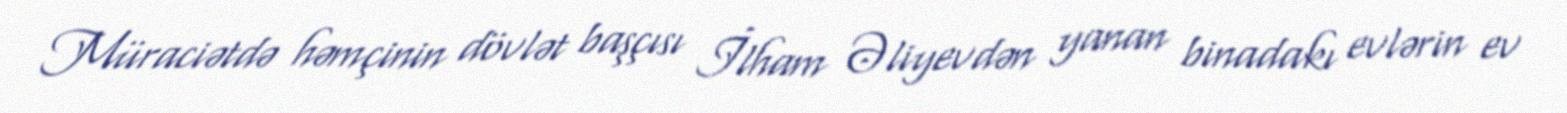
Müraciətdə həmçinin dövlət başçısı İlham Əliyevdən yanan binadakı evlərin ev